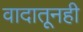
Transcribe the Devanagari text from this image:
वादातूनही